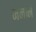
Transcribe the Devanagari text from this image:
मनानं